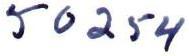
50254